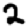
Digit: 2